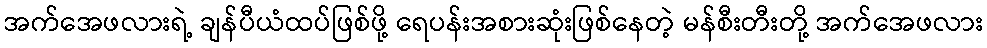
အက်အေဖလားရဲ့ ချန်ပီယံထပ်ဖြစ်ဖို့ ရေပန်းအစားဆုံးဖြစ်နေတဲ့ မန်စီးတီးတို့ အက်အေဖလား